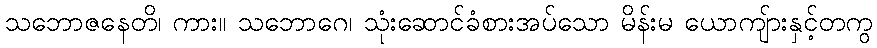
သဘောဇနေတိ၊ ကား။ သဘောဂေ၊ သုံးဆောင်ခံစားအပ်သော မိန်းမ ယောကျ်ားနှင့်တကွ